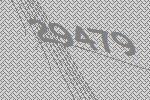
29479